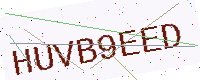
Text: HUVB9EED